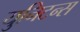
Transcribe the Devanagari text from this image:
युनिटन्स